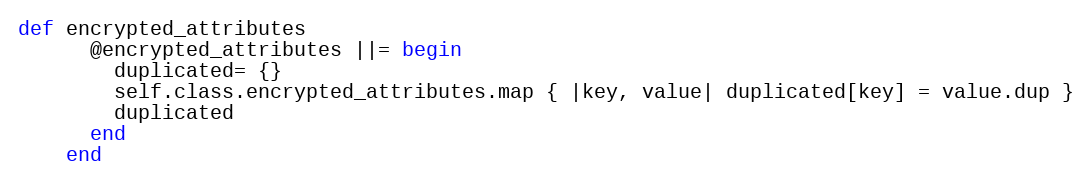
Language: Ruby
def encrypted_attributes
      @encrypted_attributes ||= begin
        duplicated= {}
        self.class.encrypted_attributes.map { |key, value| duplicated[key] = value.dup }
        duplicated
      end
    end